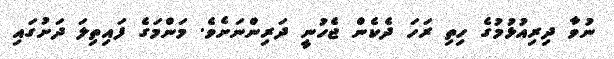
ނުވާ ދިރިއުޅުމުގެ ހިތި ރަހަ ދެކެން ޖެހުނީ ދަރިންނަށެވެ. މަންމަގެ ފައިތިލަ ދަށުގައި